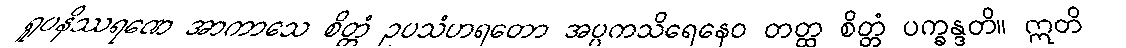
ရူပနိဿရဏေ အာကာသေ စိတ္တံ ဥပသံဟရတော အပ္ပကသိရေနေဝ တတ္ထ စိတ္တံ ပက္ခန္ဒတိ။ ဣတိ